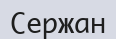
Сержан